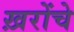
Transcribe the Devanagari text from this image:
ख़रोंचे